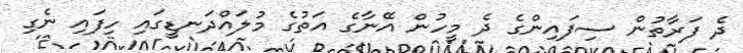
ދެ ފަރާތުން ސިފައިންގެ ދެ މީހުން އޭނާގެ އަތުގެ މުލައްދަނޑީގައި ހިފައި ނެގި